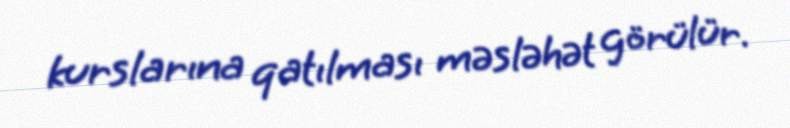
kurslarına qatılması məsləhət görülür.